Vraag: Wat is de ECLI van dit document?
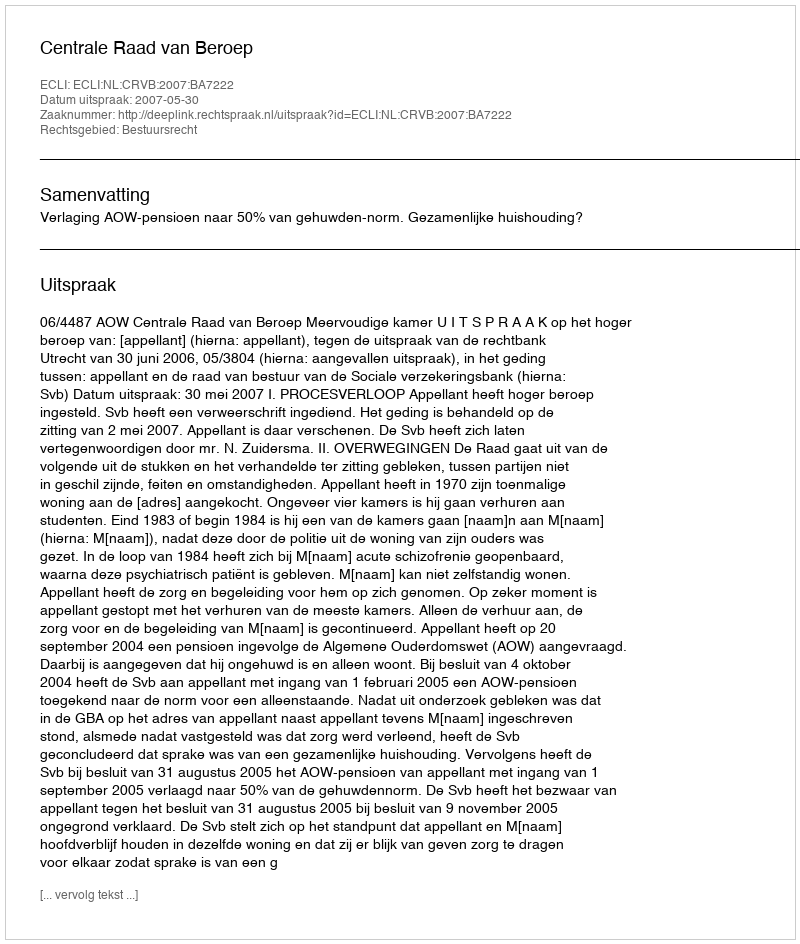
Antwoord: ECLI:NL:CRVB:2007:BA7222